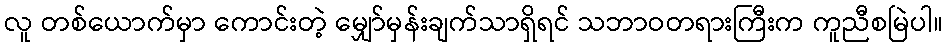
လူ တစ်ယောက်မှာ ကောင်းတဲ့ မျှော်မှန်းချက်သာရှိရင် သဘာဝတရားကြီးက ကူညီစမြဲပါ။